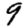
Digit: 9